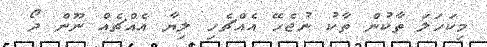
މިކަހަލަ ތާކުން ތާކު ނުޖެހޭ އެއްޗެހި ލިޔާ އެއްޗެއް ނޫން ދޯ